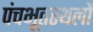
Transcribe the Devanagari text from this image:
पंचभूतस्थलों